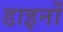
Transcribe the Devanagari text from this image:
डाइनों